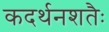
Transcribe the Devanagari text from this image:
कदर्थनशतैः